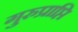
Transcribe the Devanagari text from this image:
गुरुप्राप्ति